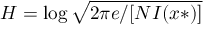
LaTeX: H = \log { \sqrt { 2 \pi e / [ N I ( x * ) ] } }